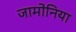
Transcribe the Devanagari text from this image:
जामोनिया